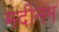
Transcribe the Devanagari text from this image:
मदीनन